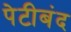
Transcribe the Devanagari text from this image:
पेटीबंद